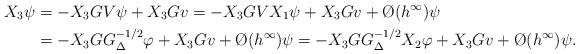
LaTeX: \begin{align*} X_3\psi&=-X_3GV\psi +X_3Gv=-X_3GVX_1\psi+X_3Gv+\O{}(h^\infty)\psi\\&=-X_3GG_{\Delta}^{-1/2}\varphi+X_3Gv+\O{}(h^\infty)\psi=-X_3GG_{\Delta}^{-1/2}X_2\varphi+X_3Gv+\O{}(h^\infty)\psi.\end{align*}